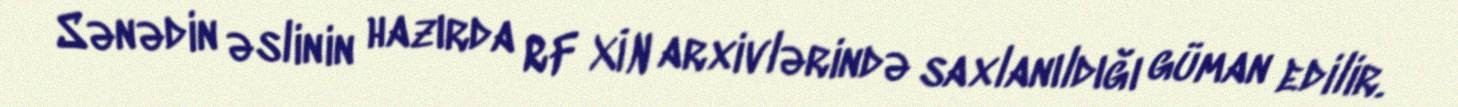
Sənədin əslinin hazırda RF XİN arxivlərində saxlanıldığı güman edilir.